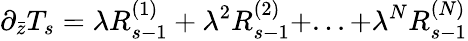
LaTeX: \partial_{\bar{z}}T_{s}=\lambda R_{s-1}^{(1)}+\lambda^{2}R_{s-1}^{(2)}+...+\lambda^{N}R_{s-1}^{(N)}